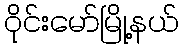
ဝိုင်းမော်မြို့နယ်